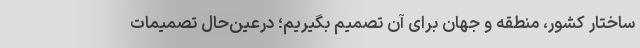
ساختار کشور، منطقه و جهان برای آن تصمیم بگیریم؛ درعین‌حال تصمیمات